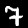
Digit: 7